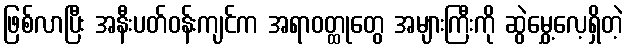
ဖြစ်လာပြီး အနီးပတ်ဝန်းကျင်က အရာဝတ္ထုတွေ အများကြီးကို ဆွဲမွှေ့လေ့ရှိတဲ့